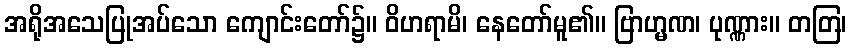
အရိုအသေပြုအပ်သော ကျောင်းတော်၌။ ဝိဟရာမိ၊ နေတော်မူ၏။ ဗြာဟ္မဏ၊ ပုဏ္ဏား။ တတြ၊